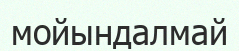
мойындалмай